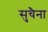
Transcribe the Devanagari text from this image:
सुचैना